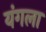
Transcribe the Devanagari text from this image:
यंगला